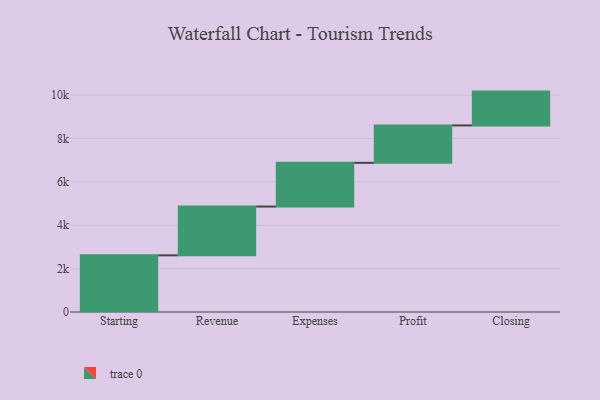
{"axis": {"x": "Step", "y": "Value"}, "legend": [""], "data": [{"x": "Starting", "y": 2613.0, "type": ""}, {"x": "Revenue", "y": 2250.0, "type": ""}, {"x": "Expenses", "y": 2016.0, "type": ""}, {"x": "Profit", "y": 1726.0, "type": ""}, {"x": "Closing", "y": 1559.0, "type": ""}]}